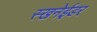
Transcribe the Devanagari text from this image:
स्खनेईडर